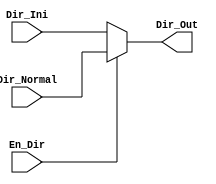
`timescale 1ns / 1ps
//////////////////////////////////////////////////////////////////////////////////
// Company: 
// Engineer: 
// 
// Design Name: 
// Module Name: Mux_Ini
// Project Name: 
// Target Devices: 
// Tool Versions: 
// Description: 
// 
// Dependencies: 
// 
// Revision:
// Revision 0.01 - File Created
// Additional Comments:
// 
//////////////////////////////////////////////////////////////////////////////////


module Mux_Ini(
    Dir_Ini,
    Dir_Normal,
    Dir_Out,
    En_Dir
    
    );
 parameter largo =8;
 input [largo-1:0]Dir_Ini;
 input [largo-1:0] Dir_Normal;
 output [largo-1:0] Dir_Out;
 input En_Dir;
 
assign Dir_Out = En_Dir ? Dir_Normal: Dir_Ini;
                        
endmodule